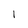
Character: 1